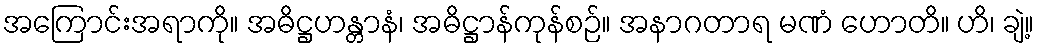
အကြောင်းအရာကို။ အဓိဋ္ဌဟန္တာနံ၊ အဓိဋ္ဌာန်ကုန်စဉ်။ အနာဂတာရ မဏံ ဟောတိ။ ဟိ၊ ချဲ့။